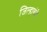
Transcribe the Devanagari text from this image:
जिल्हाबंदी